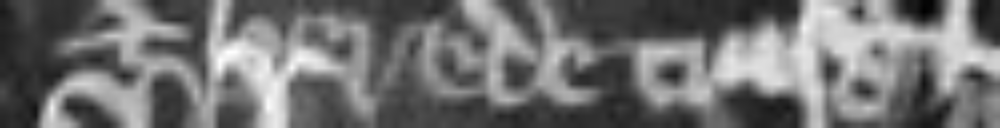
et herede cuiusdam